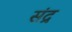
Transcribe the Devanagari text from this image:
संद्र